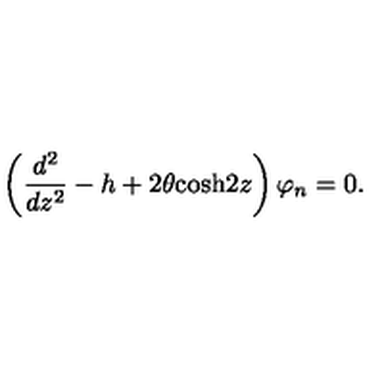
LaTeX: \left( { \frac { d ^ { 2 } } { d z ^ { 2 } } } - h + 2 \theta \mathrm { c o s h } 2 z \right) \varphi _ { n } = 0 .